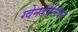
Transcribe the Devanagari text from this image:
ग्वेनडोलियन